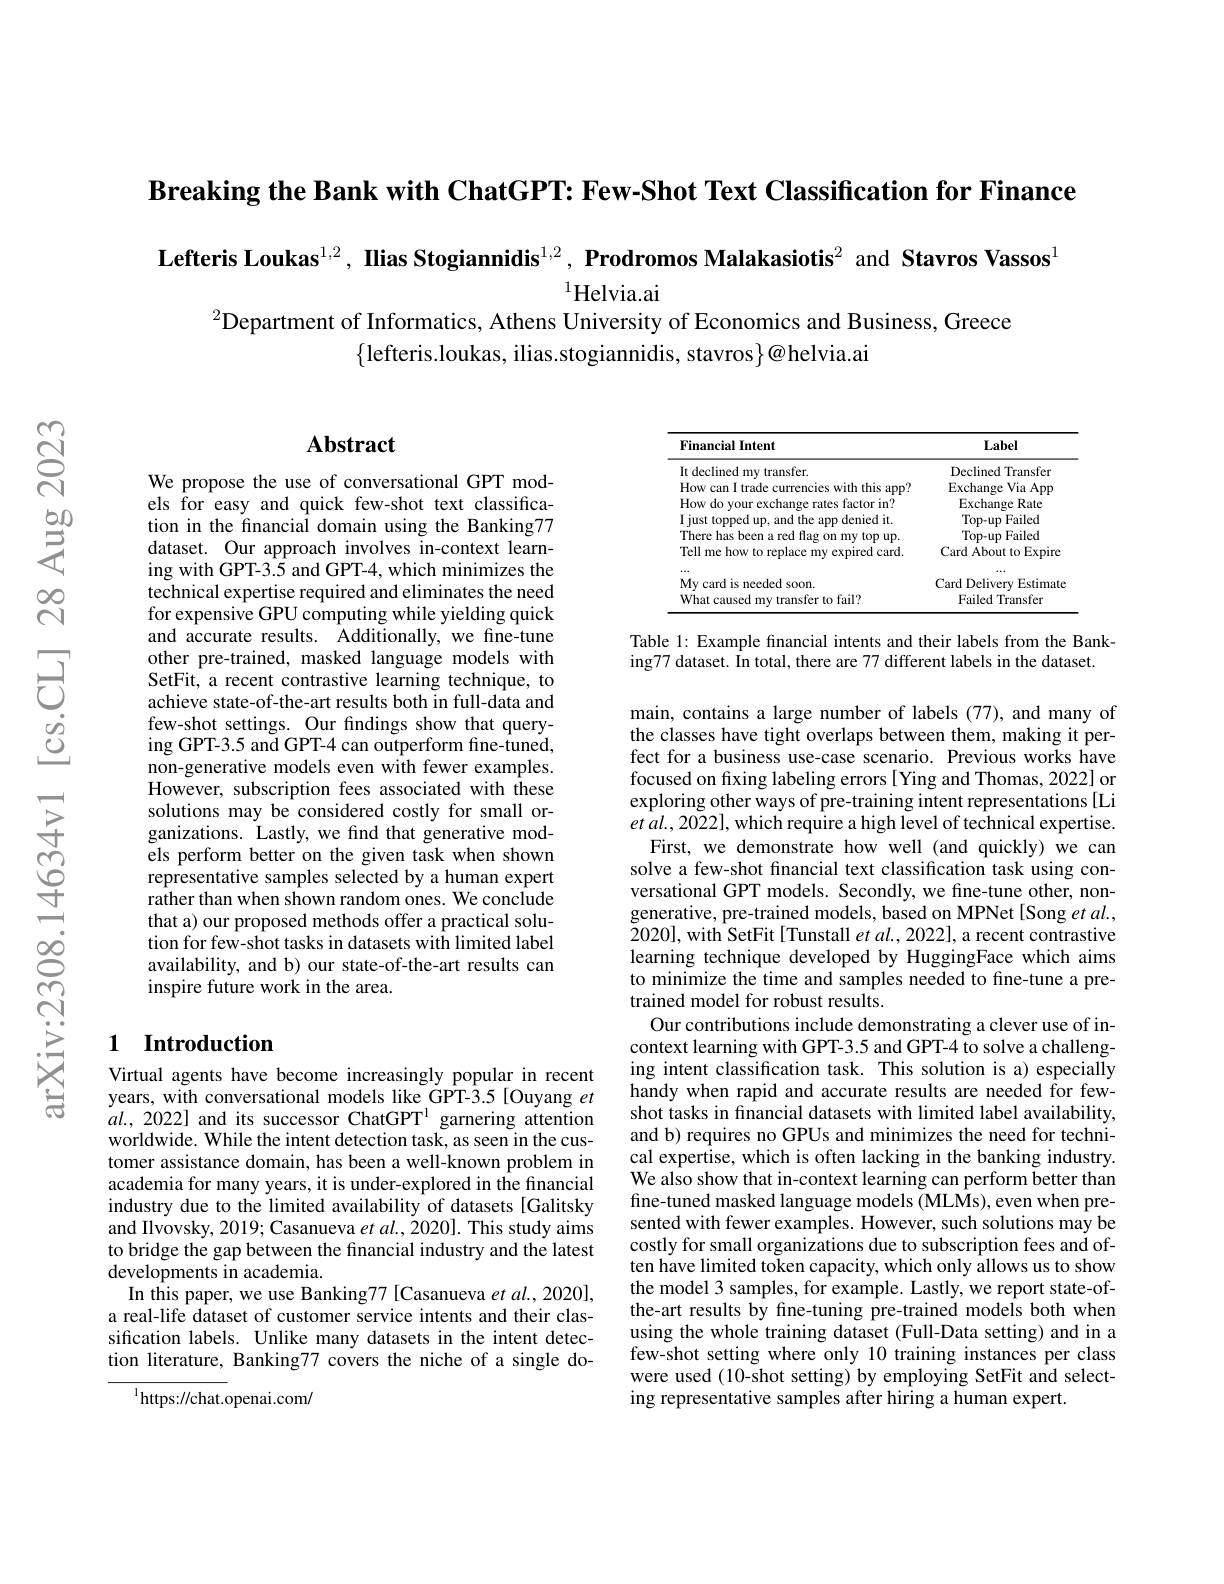
Breaking the Bank with ChatGPT: Few-Shot Text Classification for Finance

Lefteris Loukas$^{1,2},\textbf{ Ilias Stogiannidis}^{1,2},\textbf{Prodromos Malakasiotis}^2$ and Stavros Vassos$^{1}$

$^{1}$Helvia.ai
$^{2}$Department of Informatics, Athens University of Economics and Business, Greece

$\{$lefteris.loukas, ilias.stogiannidis, stavros$\}@$helvia.ai

## Abstract

We propose the use of conversational GPT models for easy and quick few-shot text classification in the fnancial domain using the Banking77 dataset. Our approach involves in-context learning with GPT-3.5 and GPT-4, which minimizes the technical expertise required and eliminates the need for expensive GPU computing while yielding quick and accurate results. Additionally, we fine-tune other pre-trained, masked language models with SetFit, a recent contrastive learning technique, to achieve state-of-the-art results both in full-data and few-shot settings. Our findings show that querying GPT-3.5 and GPT-4 can outperform fine-tuned, non-generative models even with fewer examples. However, subscription fees associated with these solutions may be considered costly for small organizations. Lastly, we find that generative models perform better on the given task when shown representative samples selected by a human expert rather than when shown random ones. We conclude that a) our proposed methods offer a practical solution for few-shot tasks in datasets with limited label availability, and b) our state-of-the-art results can inspire future work in the area.

## 1 Introduction

Virtual agents have become increasingly popular in recent years, with conversational models like GPT-3.5 [Ouyang et $al.,2022]$ and its successor ChatGPT$^{1}$ garnering attention worldwide. While the intent detection task, as seen in the customer assistance domain, has been a well-known problem in academia for many years, it is under-explored in the financial industry due to the limited availability of datasets [Galitsky] and Ilvovsky, 2019; Casanueva $et\textit{al. , 2020}] .$ This study aims to bridge the gap between the financial industry and the latest developments in academia.
In this paper, we use Banking77 [Casanueva et al., 2020], a real-life dataset of customer service intents and their classification labels. Unlike many datasets in the intent detection literature, Banking77 covers the niche of a single do-

$^{1}$https://chat.openai.com/

<table>
	<tbody>
		<tr>
			<th>Financial Intent</th>
			<th>Label</th>
		</tr>
		<tr>
			<td>It declined mv transfer.</td>
			<td>Declined Transfer</td>
		</tr>
		<tr>
			<td>How can I trade currencies with this app?</td>
			<td>Exchange Via App</td>
		</tr>
		<tr>
			<td>How do vour exchange rates factor in?</td>
			<td>Exchange Rate</td>
		</tr>
		<tr>
			<td>I iust topped up. and the app denied it.</td>
			<td>Top-up Failed</td>
		</tr>
		<tr>
			<td> </td>
			<td>Failed $T_{\Delta}$</td>
		</tr>
		<tr>
			<td>Tell me hc MIT $\because A_{i}$ rarr</td>
			<td>About to Fxpire arn</td>
		</tr>
		<tr>
			<td> </td>
			<td> </td>
		</tr>
		<tr>
			<td>My card is needed soon</td>
			<td>Card Delivery Estimate</td>
		</tr>
		<tr>
			<td>What caused my transfer to fail?</td>
			<td>Failed Transfer</td>
		</tr>
	</tbody>
</table>

Table 1: Example financial intents and their labels from the Bank-
ing77 dataset. In total, there are 77 different labels in the dataset.

main, contains a large number of labels (77), and many of the classes have tight overlaps between them, making it perfect for a business use-case scenario. Previous works have focused on fixing labeling errors [Ying and Thomas, 2022] or exploring other ways of pre-training intent representations[Li $etal.,2022],which~require~a~high~level~of~technical~expertise.$
First, we demonstrate how well (and quickly) we can solve a few-shot financial text classification task using conversational GPT models. Secondly, we fine-tune other, nongenerative, pre-trained models, based on MPNet[Song et $al.$, 2020], with SetFit[Tunstall et al.2022], a recent contrastive learning technique developed by HuggingFace which aims to minimize the time and samples needed to fine-tune a pretrained model for robust results.
Our contributions include demonstrating a clever use of incontext learning with GPT-3.5 and GPT-4 to solve a challenging intent classification task. This solution is a) especially handy when rapid and accurate results are needed for fewshot tasks in financial datasets with limited label availability, and b) requires no GPUs and minimizes the need for technical expertise, which is often lacking in the banking industry. We also show that in-context learning can perform better than fine-tuned masked language models (MLMs), even when presented with fewer examples. However, such solutions may be costly for small organizations due to subscription fees and often have limited token capacity, which only allows us to show the model 3 samples, for example. Lastly, we report state-ofthe-art results by fine-tuning pre-trained models both when using the whole training dataset (Full-Data setting) and in a few-shot setting where only 10 training instances per class were used (10-shot setting) by employing SetFit and selecting representative samples after hiring a human expert